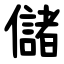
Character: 儲